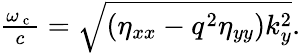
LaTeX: \begin{array}{r}{\frac{\omega_{\mathrm{~c~}}}{c}=\sqrt{(\eta_{xx}-q^{2}\eta_{yy})k_{y}^{2}}.}\end{array}